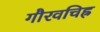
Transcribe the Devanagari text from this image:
गौरवचिह्र